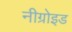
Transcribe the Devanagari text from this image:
नीग्रोइड